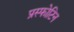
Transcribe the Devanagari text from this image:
प्रस्फोटिन